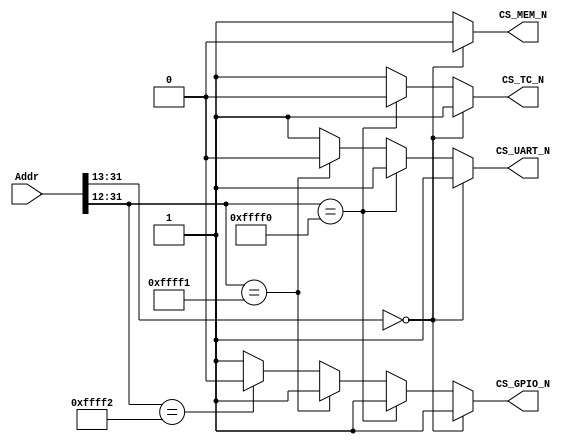
`timescale 1ns/1ps

module Addr_Decoder (input [31:0] Addr,
                     output reg CS_MEM_N,
                     output reg CS_TC_N,
                     output reg CS_UART_N,
                     output reg CS_GPIO_N);
  
//======================================================================
// Address       Peripheral           Peripheral Name         Size
// 0xFFFF_FFFF  -------------  	--------------------------	---------
//
//                Reserved
//
// 0xFFFF_3000  -------------  
//                  GPIO         General Purpose IO            4KB
// 0xFFFF_2000  -------------
//                               Universal 
//                  UART         Asynchronous                  4KB
//                               Receive/ Transmitter 
// 0xFFFF_1000  -------------
//                   TC          Timer Conter                  4KB
// 0xFFFF_0000  -------------                                
//
//                Reserved
//
// 0x0000_2000  -------------                                
//                   Mem         Instruction & Data Memory     8KB
// 0x0000_0000  -------------                                
//=======================================================================
 
  always @(*)
  begin
    if       (Addr[31:13] == 19'h0000)  // Instruction & Data Memory
      begin
           CS_MEM_N   <=0;
           CS_TC_N    <=1;
           CS_UART_N  <=1;
           CS_GPIO_N  <=1;
      end
    
    else if  (Addr[31:12] == 20'hFFFF0)  // Timer
      begin
           CS_MEM_N   <=1;
           CS_TC_N    <=0;
           CS_UART_N  <=1;
           CS_GPIO_N  <=1;
      end
     
    else if  (Addr[31:12] == 20'hFFFF1)  // UART
      begin
           CS_MEM_N    <=1;
           CS_TC_N     <=1;
           CS_UART_N   <=0;
           CS_GPIO_N   <=1;
      end

    else if  (Addr[31:12] == 20'hFFFF2)  // GPIO
      begin
           CS_MEM_N    <=1;
           CS_TC_N     <=1;
           CS_UART_N   <=1;
           CS_GPIO_N   <=0;
      end

    else 
      begin
           CS_MEM_N   <=1;
           CS_TC_N    <=1;
           CS_UART_N  <=1;
           CS_GPIO_N  <=1;
      end
  end
  
endmodule